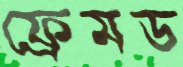
ফ্রেমড